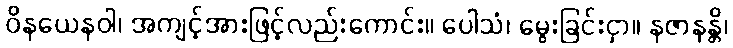
ဝိနယေနဝါ၊ အကျင့်အားဖြင့်လည်းကောင်း။ ပေါသံ၊ မွေးခြင်းငှာ။ နဇာနန္တိ၊